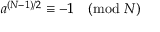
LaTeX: a ^ { ( N - 1 ) / 2 } \equiv - 1 { \pmod { N } }